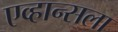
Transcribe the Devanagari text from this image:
एव्हान्सला